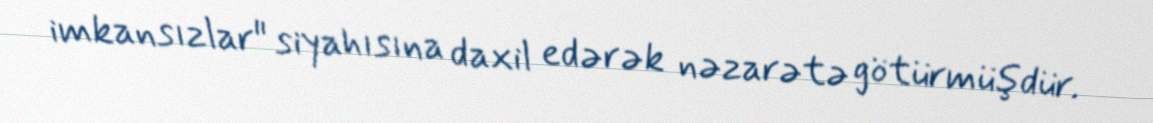
imkansızlar" siyahısına daxil edərək nəzarətə götürmüşdür.